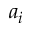
a _ { i }